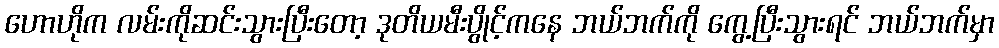
ဟောဟိုက လမ်းကိုဆင်းသွားပြီးတော့ ဒုတိယမီးပွိုင့်ကနေ ဘယ်ဘက်ကို ကွေ့ပြီးသွားရင် ဘယ်ဘက်မှာ